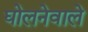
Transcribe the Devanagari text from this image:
घोलनेवाले